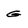
Character: g